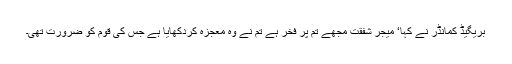
بریگیڈ کمانڈر نے کہا‘ میجر شفقت مجھے تم پر فخر ہے تم نے وہ معجزہ کردکھایا ہے جس کی قوم کو ضرورت تھی۔